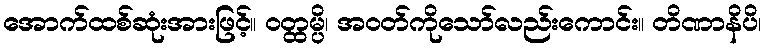
အောက်ထစ်ဆုံးအားဖြင့်။ ဝတ္ထမ္ပိ၊ အဝတ်ကိုသော်လည်းကောင်း။ တိဏာနိပိ၊